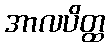
အာလပိတ္ထ